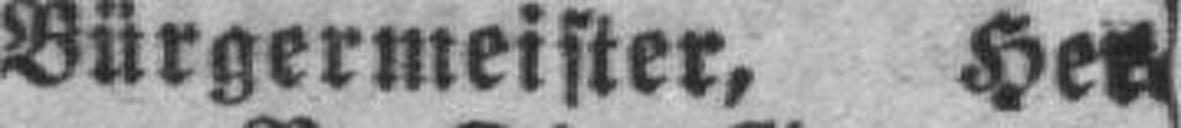
Bürgermeister, Her¬